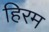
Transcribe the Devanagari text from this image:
हिरम